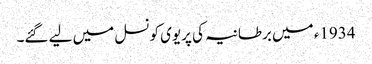
1934ء میں برطانیہ کی پریوی کونسل میں لیے گئے۔